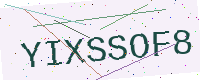
Text: YIXSSOF8